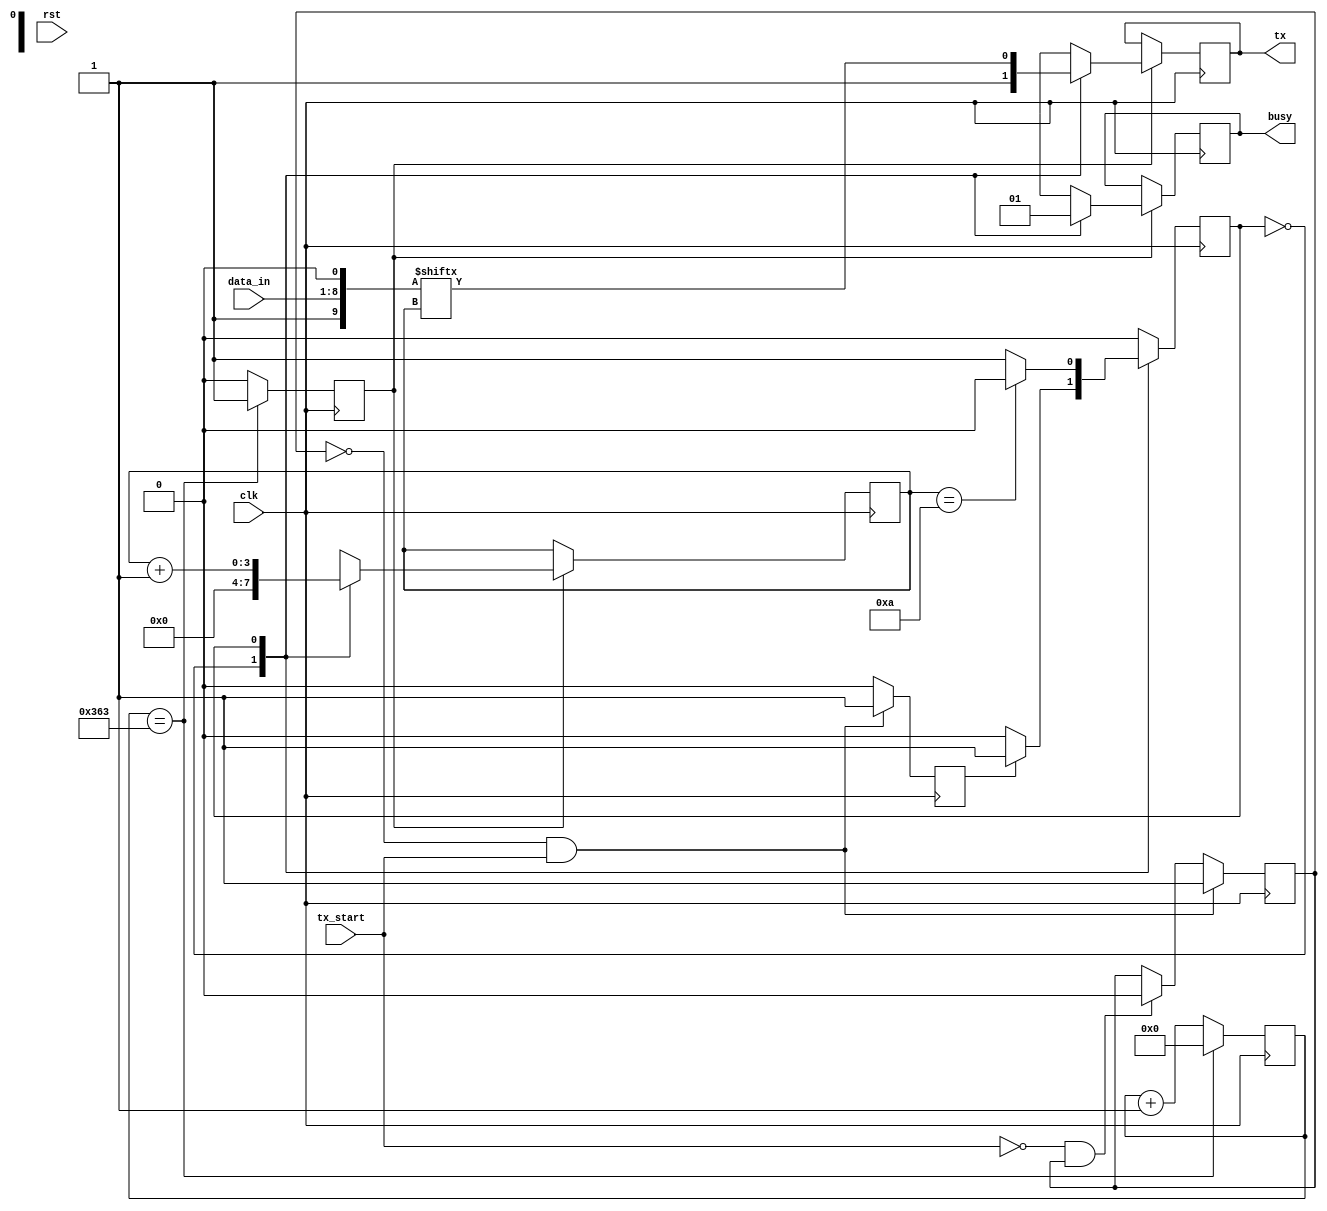
`timescale 1ns / 1ps
//////////////////////////////////////////////////////////////////////////////////
// Company: 
// Engineer: 
// 
// Design Name: 
// Module Name:    transmitter 
// Project Name: 
// Target Devices: 
// Tool versions: 
// Description: 
//
// Dependencies: 
//
// Revision: 
// Revision 0.01 - File Created
// Additional Comments: 
//
//////////////////////////////////////////////////////////////////////////////////
module transmitter(tx,clk,rst,data_in,busy,tx_start
    );


output reg tx=1,busy=0;
input clk,rst,tx_start;
input [7:0] data_in;

reg [3:0] counter;
wire [9:0] data ;
assign data= {1'b1,data_in,1'b0};
reg state = 0;
reg [9:0] cnt;
reg k=0,start=0;
reg tick=0;

always@(posedge clk) //Making tx_start edge triggered
begin
	if(k == 0 && tx_start==1)
		begin start <= 1; k <= 1; end
	else if(tx_start == 0 && k==1)
		begin k <= 0; start <= 0; end
	else
		start <= 0;
end


always@(posedge clk) //baud rate generation 115200 bps using 100Mhz clock
begin	
	if(cnt == 867) //867
		begin
		cnt <= 0;
		tick <= 1;
		end	
	else
		begin
		cnt <= cnt + 1;
		tick <= 0;
		end
end


always@(posedge clk) //transmitter
begin
case(state)
1'd0: if(start == 1) state <= 1;
1'd1: if(counter == 10) state <= 0;
endcase
end

always@(posedge clk)
begin
if(tick==1)
case(state)
0:	begin
		tx <= 1;
		busy <= 0;
		counter <= 0;
	end
1:
	begin
		counter <= counter + 1;
		tx <= data[counter];
		busy <= 1;
	end
endcase
end
endmodule